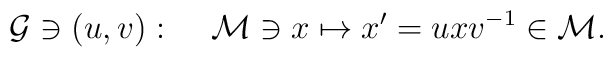
{\cal G} \ni (u,v): \;\;\;\; {\cal M} \ni x \mapsto x^\prime =uxv^{-1} \in {\cal M}.